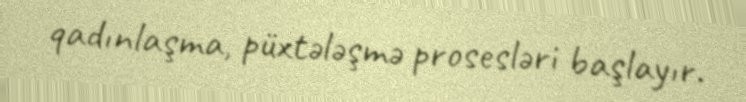
qadınlaşma, püxtələşmə prosesləri başlayır.